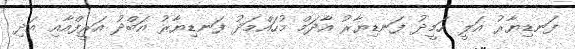
ފަނޑިޔާރު އަލީ ހަމީދު ފަނޑިޔާރު އާދަމް މުހައްމަދު ފަނޑިޔާރު އަބްދު އަރީފްއާއި އަދި